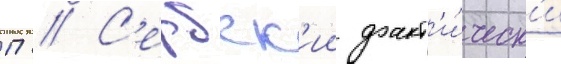
П // С'ербск'ии факт'и́ческ'и